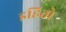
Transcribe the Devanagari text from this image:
इहितो